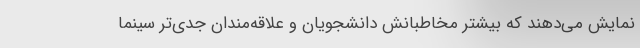
نمایش می‌دهند که بیشتر مخاطبانش دانشجویان و علاقه‌مندان جدی‌تر سینما